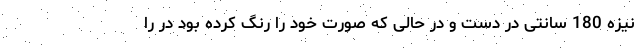
نیزه 180 سانتی در دست و در حالی که صورت خود را رنگ کرده بود در را